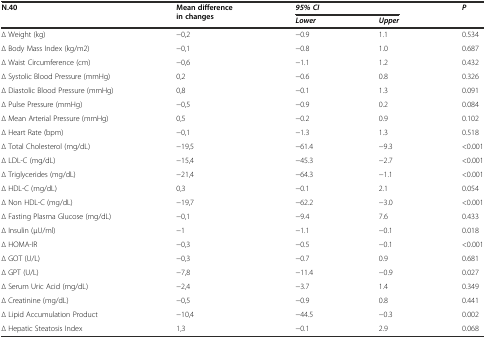
| N.40 | <ROWSPAN=2> Mean difference in changes | <COLSPAN=2> 95% CI | <ROWSPAN=2> P |
 |  | Lower | Upper |
 | --- | --- | --- | --- | --- |
 | ∆ Weight (kg) | −0,2 | −0.9 | 1.1 | 0.534 |
 | ∆ Body Mass Index (kg/m2) | −0,1 | −0.8 | 1.0 | 0.687 |
 | ∆ Waist Circumference (cm) | −0,6 | −1.1 | 1.2 | 0.432 |
 | ∆ Systolic Blood Pressure (mmHg) | 0,2 | −0.6 | 0.8 | 0.326 |
 | ∆ Diastolic Blood Pressure (mmHg) | 0,8 | −0.1 | 1.3 | 0.091 |
 | ∆ Pulse Pressure (mmHg) | −0,5 | −0.9 | 0.2 | 0.084 |
 | ∆ Mean Arterial Pressure (mmHg) | 0,5 | −0.2 | 0.9 | 0.102 |
 | ∆ Heart Rate (bpm) | −0,1 | −1.3 | 1.3 | 0.518 |
 | ∆ Total Cholesterol (mg/dL) | −19,5 | −61.4 | −9.3 | <0.001 |
 | ∆ LDL-C (mg/dL) | −15,4 | −45.3 | −2.7 | <0.001 |
 | ∆ Triglycerides (mg/dL) | −21,4 | −64.3 | −1.1 | <0.001 |
 | ∆ HDL-C (mg/dL) | 0,3 | −0.1 | 2.1 | 0.054 |
 | ∆ Non HDL-C (mg/dL) | −19,7 | −62.2 | −3.0 | <0.001 |
 | ∆ Fasting Plasma Glucose (mg/dL) | −0,1 | −9.4 | 7.6 | 0.433 |
 | ∆ Insulin (μU/ml) | −1 | −1.1 | −0.1 | 0.018 |
 | ∆ HOMA-IR | −0,3 | −0.5 | −0.1 | <0.001 |
 | ∆ GOT (U/L) | −0,3 | −0.7 | 0.9 | 0.681 |
 | ∆ GPT (U/L) | −7,8 | −11.4 | −0.9 | 0.027 |
 | ∆ Serum Uric Acid (mg/dL) | −2,4 | −3.7 | 1.4 | 0.349 |
 | ∆ Creatinine (mg/dL) | −0,5 | −0.9 | 0.8 | 0.441 |
 | ∆ Lipid Accumulation Product | −10,4 | −44.5 | −0.3 | 0.002 |
 | ∆ Hepatic Steatosis Index | 1,3 | −0.1 | 2.9 | 0.068 |